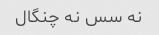
نه سس نه چنگال